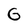
Character: G